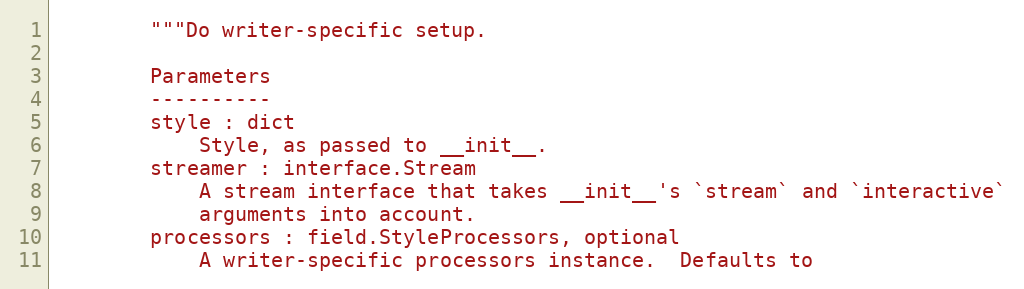
Language: Python
        """Do writer-specific setup.

        Parameters
        ----------
        style : dict
            Style, as passed to __init__.
        streamer : interface.Stream
            A stream interface that takes __init__'s `stream` and `interactive`
            arguments into account.
        processors : field.StyleProcessors, optional
            A writer-specific processors instance.  Defaults to